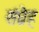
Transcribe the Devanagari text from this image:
संघ्रेह